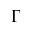
\Gamma